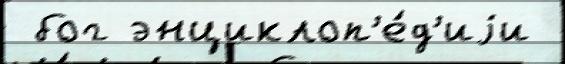
 бог энциклоп'е́д'иjи